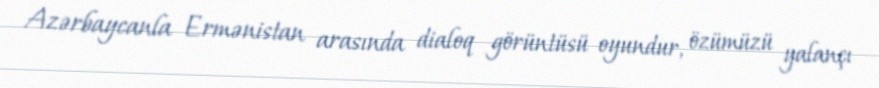
Azərbaycanla Ermənistan arasında dialoq görüntüsü oyundur, özümüzü yalançı